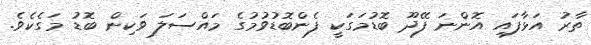
ތާރު އަޅާފައި އޮންނަ ފޭދޫ ބޮޑުމަގަކީ ފެންބޮޑުވުމުގެ މައްސަލަ ވަކިން ބޮޑު މަގެކެވެ.